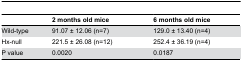
|  | 2 months old mice | 6 months old mice |
 | --- | --- | --- |
 | Wild-type | 91.07 ± 12.06 (n=7) | 129.0 ± 13.40 (n=4) |
 | Hx-null | 221.5 ± 26.08 (n=12) | 252.4 ± 36.19 (n=4) |
 | P value | 0.0020 | 0.0187 |